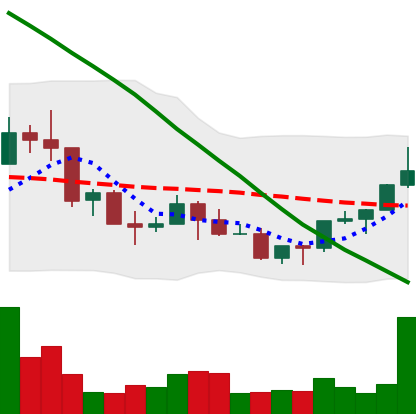
Ticker: NEO-USD
Chart end date: 2022-03-20
Forward return: 6.745%
Label: up_5_7